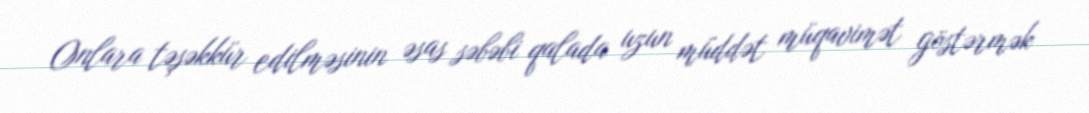
Onlara təşəkkür edilməsinin əsas səbəbi qalada uzun müddət müqavimət göstərmək